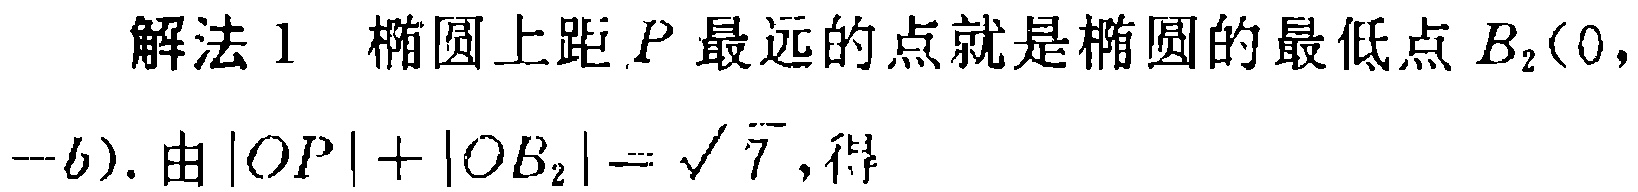
解法 1 椭圆上距 \(P\) 最远的点就是椭圆的最低点 \(B_{2}(0,\)
\(-b)\). 由 \(|OP| + |OB_{2}|=\sqrt{7}\), 得